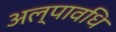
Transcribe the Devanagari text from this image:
अल्‍पावधि